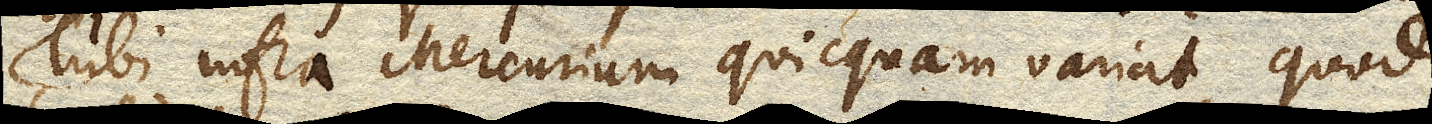
Tubi infra Mercurium quicquam variat, quod